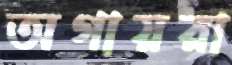
অগায়রা